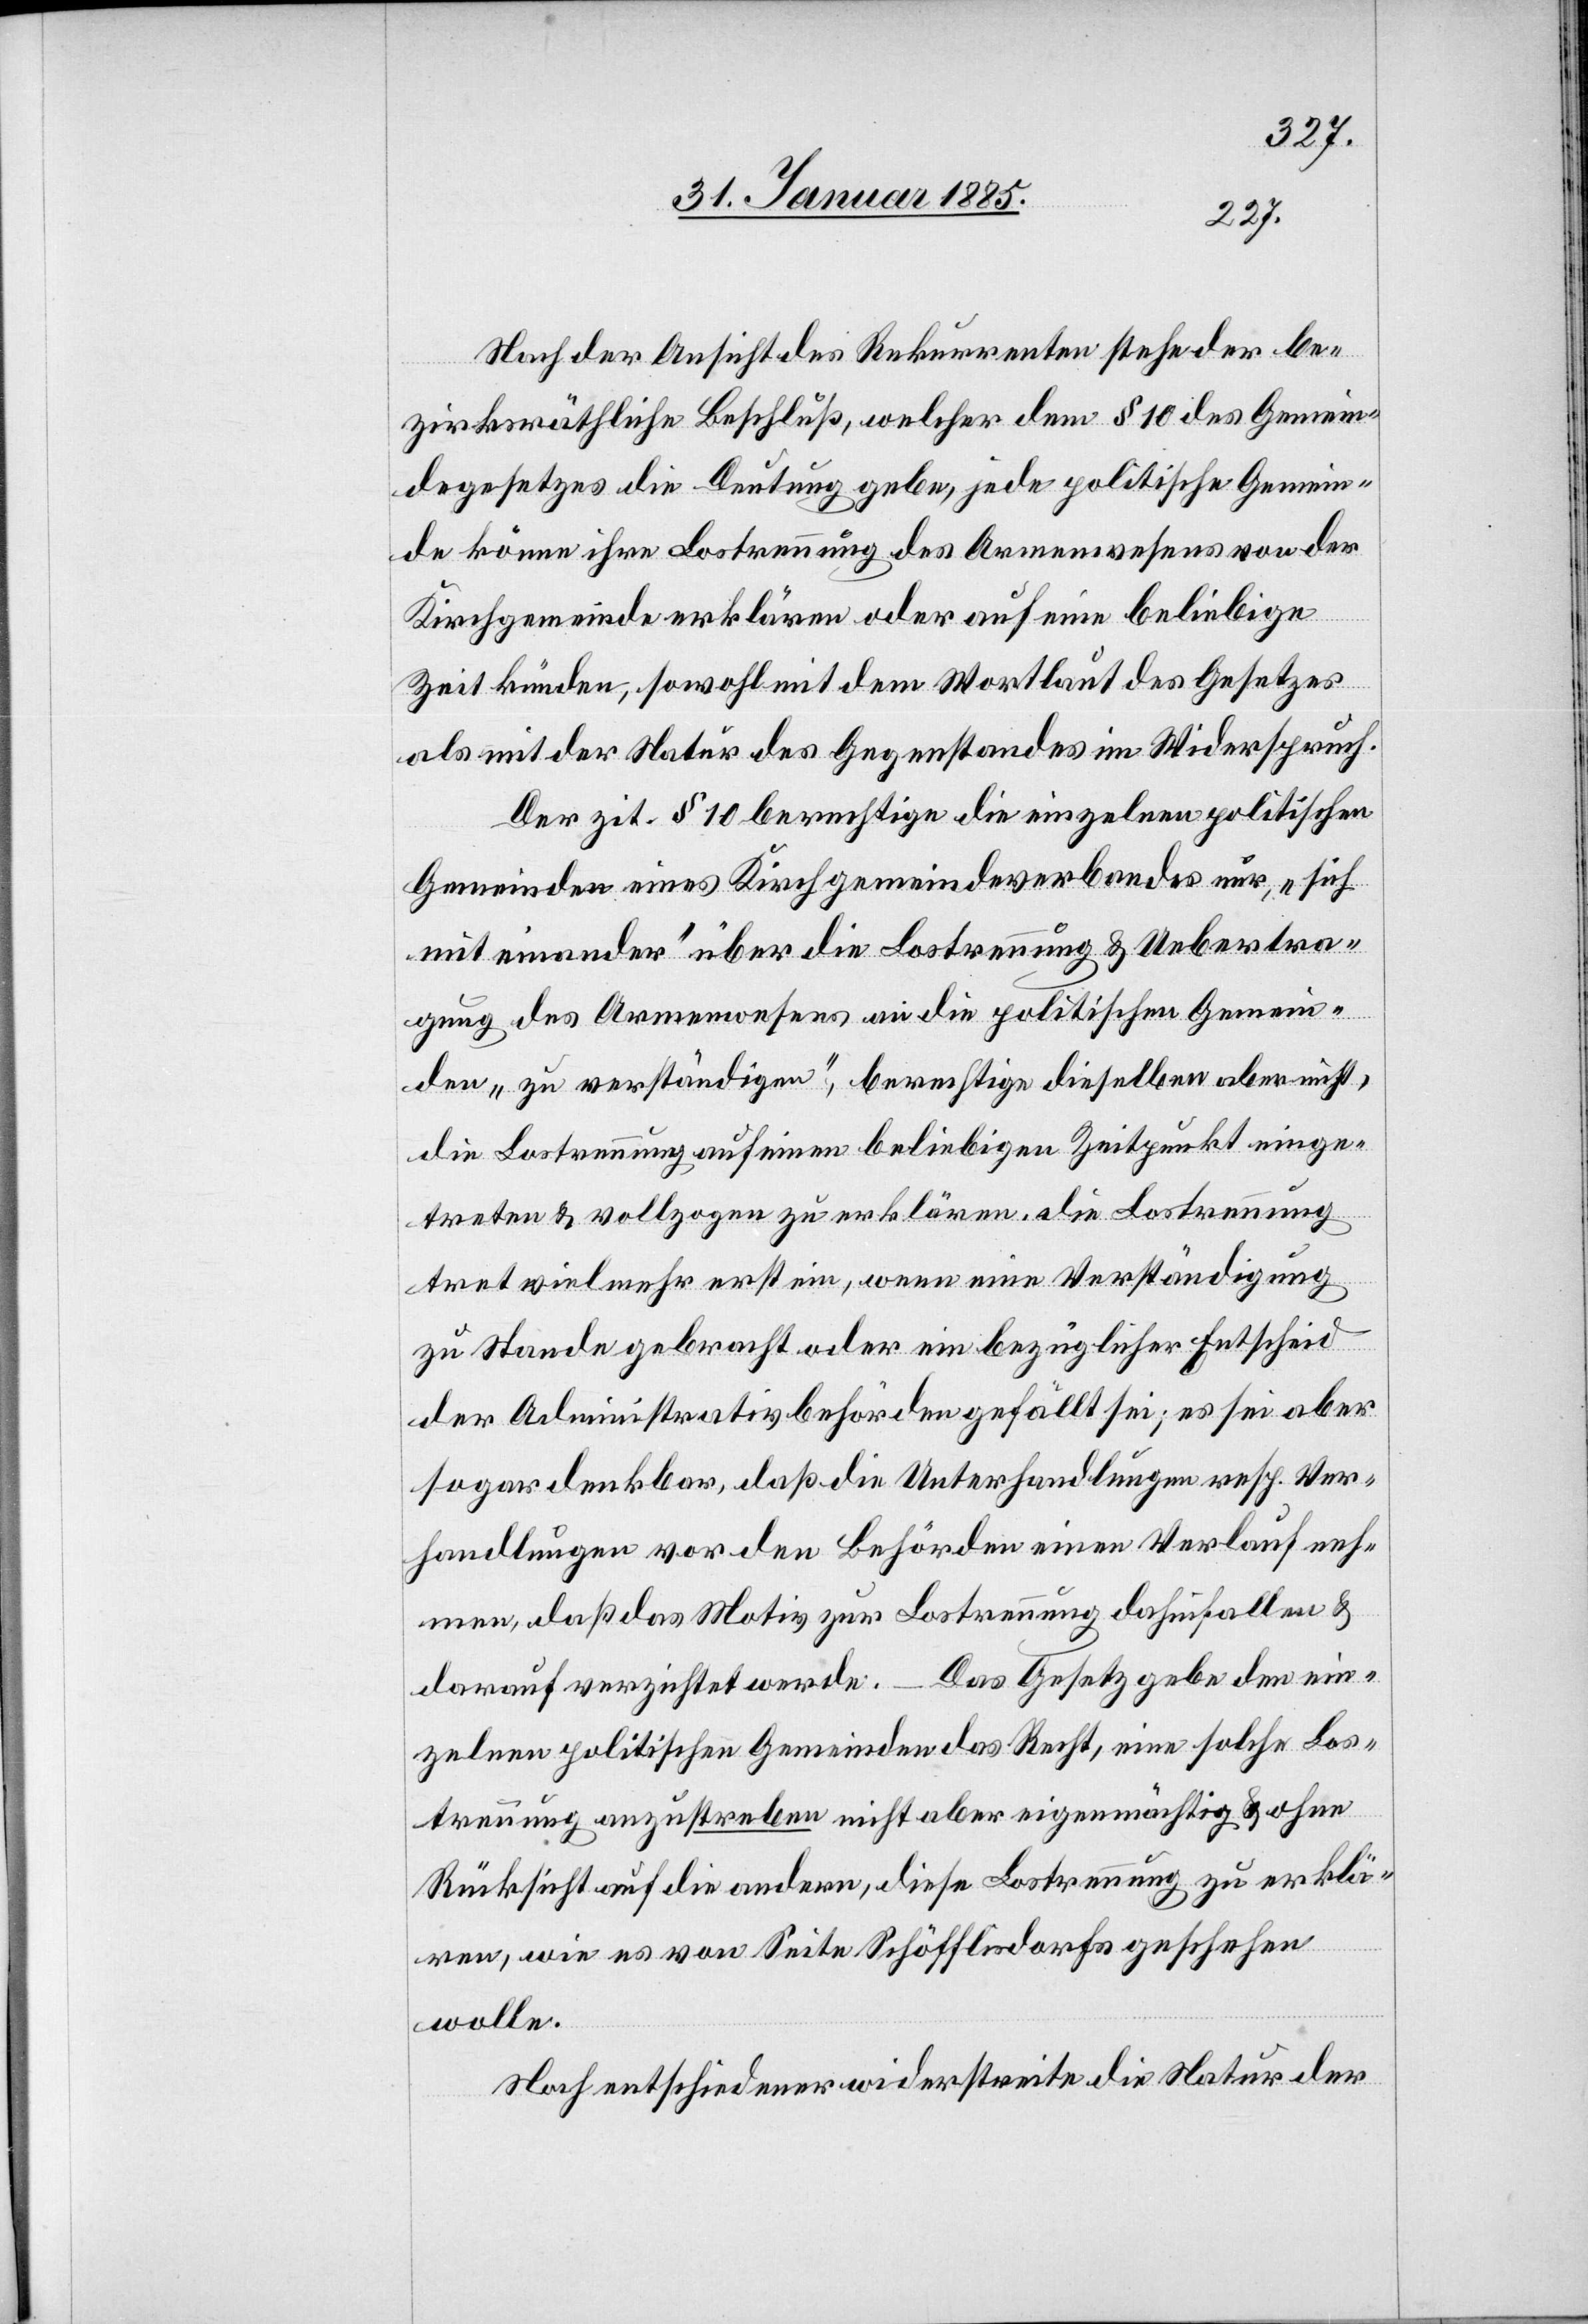
Nach der Ansicht des Rekurrenten stehe der be¬
zirksräthliche Beschluß, welcher dem § 10 des Gemein¬
degesetzes die Deutung gebe, jede politische Gemein¬
de könne ihre Lostrennung des Armenwesens von der
Kirchgemeinde erklären oder auf eine beliebige
Zeit künden, sowohl mit dem Wortlaut des Gesetzes
als mit der Natur des Gegenstandes im Widerspruch.
Der zit. § 10 berechtige die einzelnen politischen
Gemeinden eines Kirchgemeindeverbandes nur, „sich
mit einander“ über die Lostrennung & Uebertra¬
gung des Armenwesens an die politischen Gemein¬
den „zu verständigen“, berechtige dieselben aber nicht
die Lostrennung auf einen beliebigen Zeitpunkt einge¬
treten & vollzogen zu erklären. Die Lostrennung
tret[e] vielmehr erst ein, wenn eine Verständigung
zu Stande gebracht oder ein bezüglicher Entscheid
der Administrativbehörden gefällt sei; es sei aber
sogar denkbar, daß die Unterhandlungen resp. Ver¬
handlungen vor den Behörden einen Verlauf neh¬
men, daß das Motiv zur Lostrennung dahinfallen &
darauf verzichtet werde. – Das Gesetz gebe den ein¬
zelnen politischen Gemeinden das Recht, eine solche Los¬
trennung anzustreben nicht aber eigenmächtig & ohne
Rücksicht auf die andern, diese Lostrennung zu erklä¬
ren, wie es von Seite Schöfflisdorfs geschehen
wolle.
Noch entschiedener widerstreite die Natur der